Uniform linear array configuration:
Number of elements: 64
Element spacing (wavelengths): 0.5
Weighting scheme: cosine
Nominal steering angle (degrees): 30
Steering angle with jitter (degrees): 30.372
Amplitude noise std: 0.05
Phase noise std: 0.05

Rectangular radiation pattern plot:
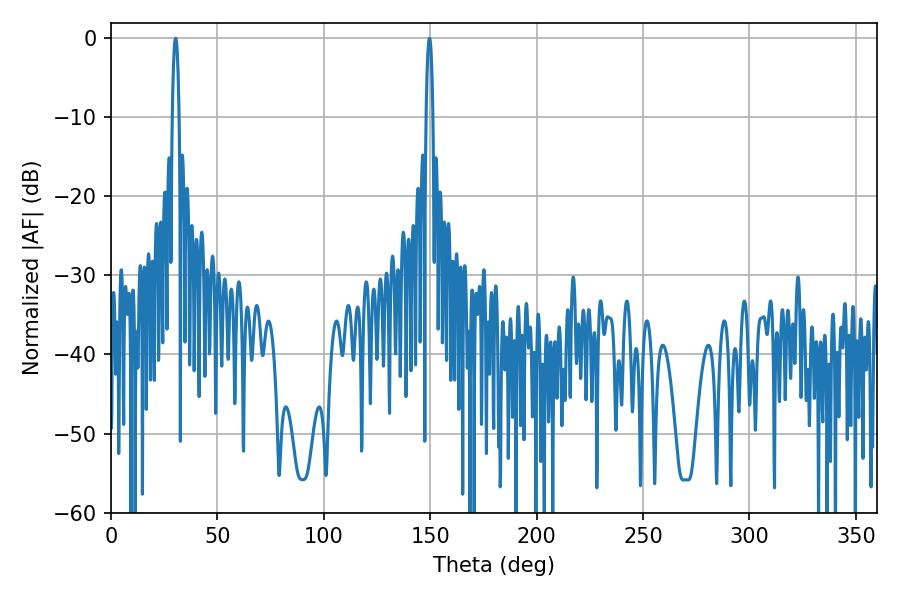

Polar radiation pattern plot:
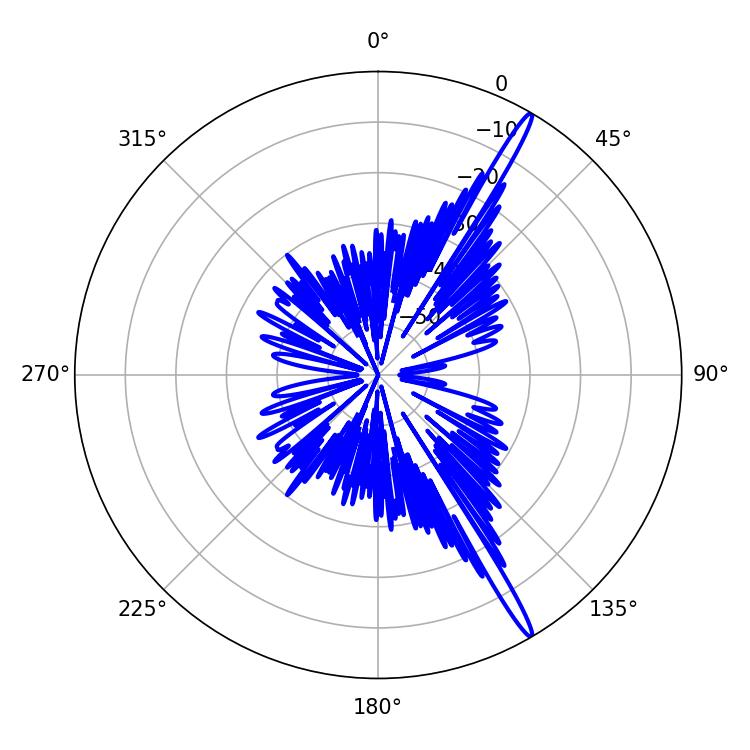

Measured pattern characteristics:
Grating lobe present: FALSE
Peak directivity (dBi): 17.344
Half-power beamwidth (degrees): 1.8
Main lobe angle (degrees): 30.42